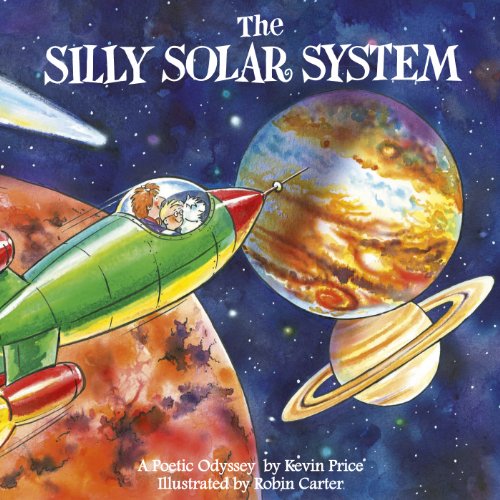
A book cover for The Silly Solar System; Kevin Price; Science & Math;